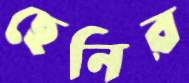
ছেনির